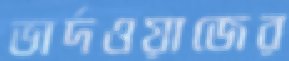
ভার্দওয়াজের